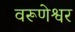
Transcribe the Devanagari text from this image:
वरूणेश्वर